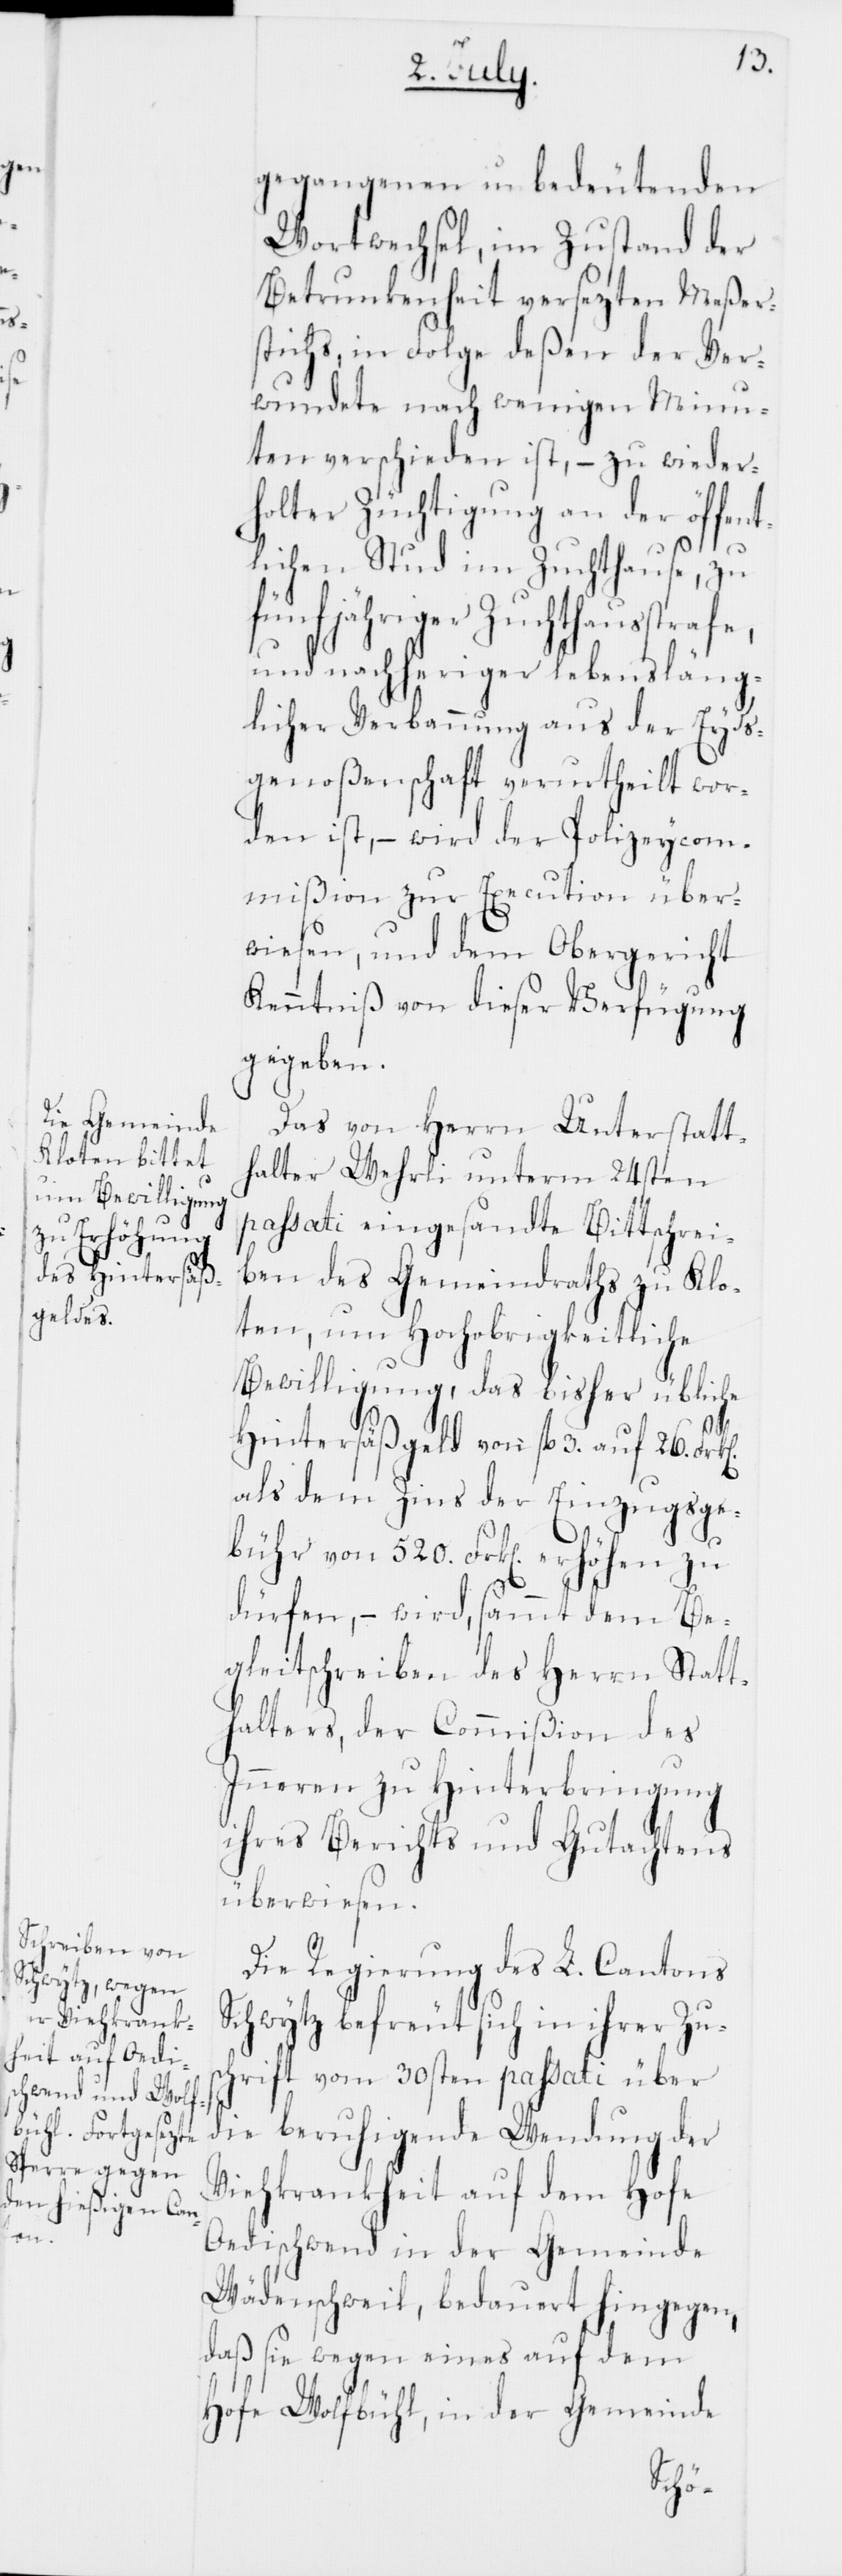
k[en]

gegangenen unbedeutenden
Wortwechsel, im Zustand der
Betrunkenheit versezten Meßer¬
stichs, in Folge deßen der Ver¬
wundete nach wenigen Minu¬
ten verschieden ist, – zu wieder¬
holter Züchtigung an der öffen¬
tlichen Stud im Zuchthause, zu
fünfjähriger Zuchthausstrafe,
und nachheriger lebensläng¬
licher Verbannung aus der Eyds¬
genoßenschaft verurtheilt wor¬
den ist, – wird der Polizeycom¬
mißion zur Execution über¬
wiesen, und dem Obergericht
Kenntniß von dieser Verfügung
gegeben.
Das von Herrn Unterstatt¬
halter Wehrli unterm 24sten
passati eingesandte Bittschrei¬
ben des Gemeindraths zu Klo¬
ten, um Hochobrigkeitliche
Bewilligung, das bisher übliche
Hintersäßgeld von fl. 3. auf 26. Fr¬
als dem Zins der Einzugsge¬
bühr von 520. Frk[en] erhöhen zu
dürfen, – wird, sammt dem Be¬
gleitschreiben des Herrn Statt¬
halters, der Commißion des
Inneren zu Hinterbringung
ihres Berichts und Gutachtens
überwiesen.
Die Regierung des L. Cantons
Schwytz befreut sich in ihrer Zu¬
schrift vom 30sten passati über
die beruhigende Wendung der
Viehkrankheit auf dem Hofe
Oedischwend in der Gemeinde
Wädenschweil, bedauert hingegen,
daß sie wegen eines auf dem
Hofe Wolfbühl, in der Gemeinde